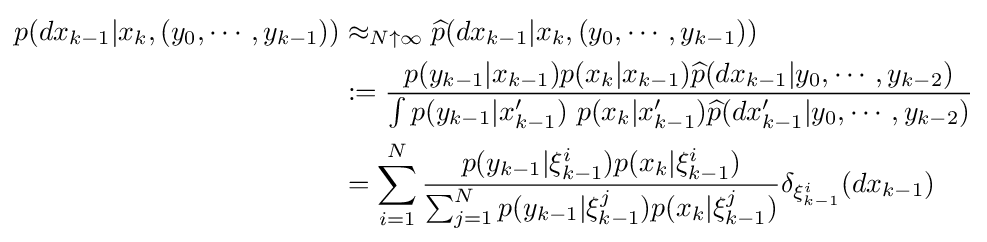
{\begin{aligned}p(dx_{k-1}|x_{k},(y_{0},\cdots ,y_{k-1}))&\approx _{N\uparrow \infty }{\widehat {p}}(dx_{k-1}|x_{k},(y_{0},\cdots ,y_{k-1}))\\&:={\frac {p(y_{k-1}|x_{k-1})p(x_{k}|x_{k-1}){\widehat {p}}(dx_{k-1}|y_{0},\cdots ,y_{k-2})}{\int p(y_{k-1}|x'_{k-1})~p(x_{k}|x'_{k-1}){\widehat {p}}(dx'_{k-1}|y_{0},\cdots ,y_{k-2})}}\\&=\sum _{i=1}^{N}{\frac {p(y_{k-1}|\xi _{k-1}^{i})p(x_{k}|\xi _{k-1}^{i})}{\sum _{j=1}^{N}p(y_{k-1}|\xi _{k-1}^{j})p(x_{k}|\xi _{k-1}^{j})}}\delta _{\xi _{k-1}^{i}}(dx_{k-1})\end{aligned}}